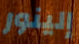
إلينور